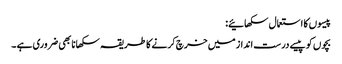
پیسوں کا استعمال سکھائیے:
بچوں کو پیسے درست انداز میں خرچ کرنے کا طریقہ سکھانا بھی ضروری ہے ۔